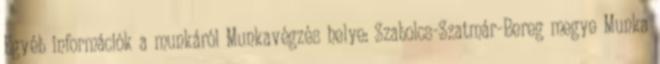
Egyéb információk a munkáról Munkavégzés helye: Szabolcs-Szatmár-Bereg megye Munka